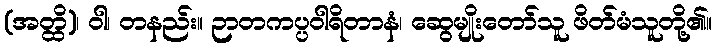
(အတ္ထိ)၊ ဝါ၊ တနည်း။ ဉာတကပ္ပဝါရိတာနံ၊ ဆွေမျိုးတော်သူ ဖိတ်မံသူတို့၏။